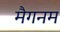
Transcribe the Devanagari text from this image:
मैगनम